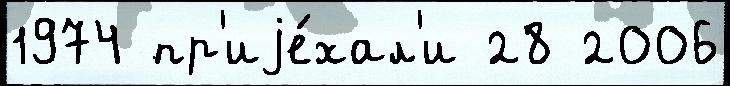
1974 пр'иjе́хал'и 28 2006